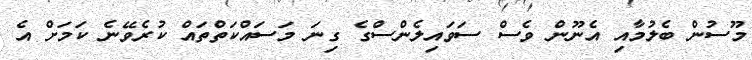
މޫސުން ބެލުމާއި އެނޫން ވެސް ސަވައިލެންސްގެ ގިނަ މަސައްކަތްތައް ކުރެވޭނެ ކަމަށް އެ